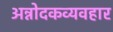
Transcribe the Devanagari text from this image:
अन्नोदकव्यवहार